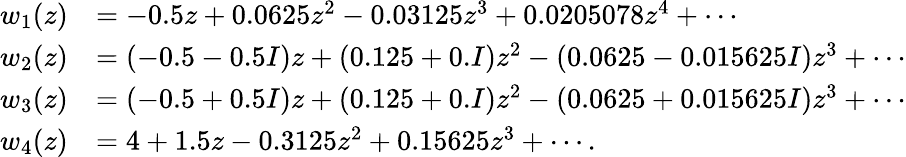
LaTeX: \begin{array}{rl}{w_{1}(z)}&{=-0.5z+0.0625z^{2}-0.03125z^{3}+0.0205078z^{4}+\cdots}\\ {w_{2}(z)}&{=(-0.5-0.5I)z+(0.125+0.I)z^{2}-(0.0625-0.015625I)z^{3}+\cdots}\\ {w_{3}(z)}&{=(-0.5+0.5I)z+(0.125+0.I)z^{2}-(0.0625+0.015625I)z^{3}+\cdots}\\ {w_{4}(z)}&{=4+1.5z-0.3125z^{2}+0.15625z^{3}+\cdots.}\end{array}